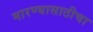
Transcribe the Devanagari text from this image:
मारण्यासाठीचा